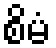
စိမံ